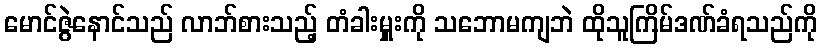
မောင်ဇွဲနောင်သည် လာဘ်စားသည့် တံခါးမှူးကို သဘောမကျဘဲ ထိုသူကြိမ်ဒဏ်ခံရသည်ကို